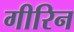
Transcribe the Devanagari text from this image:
गीरिन